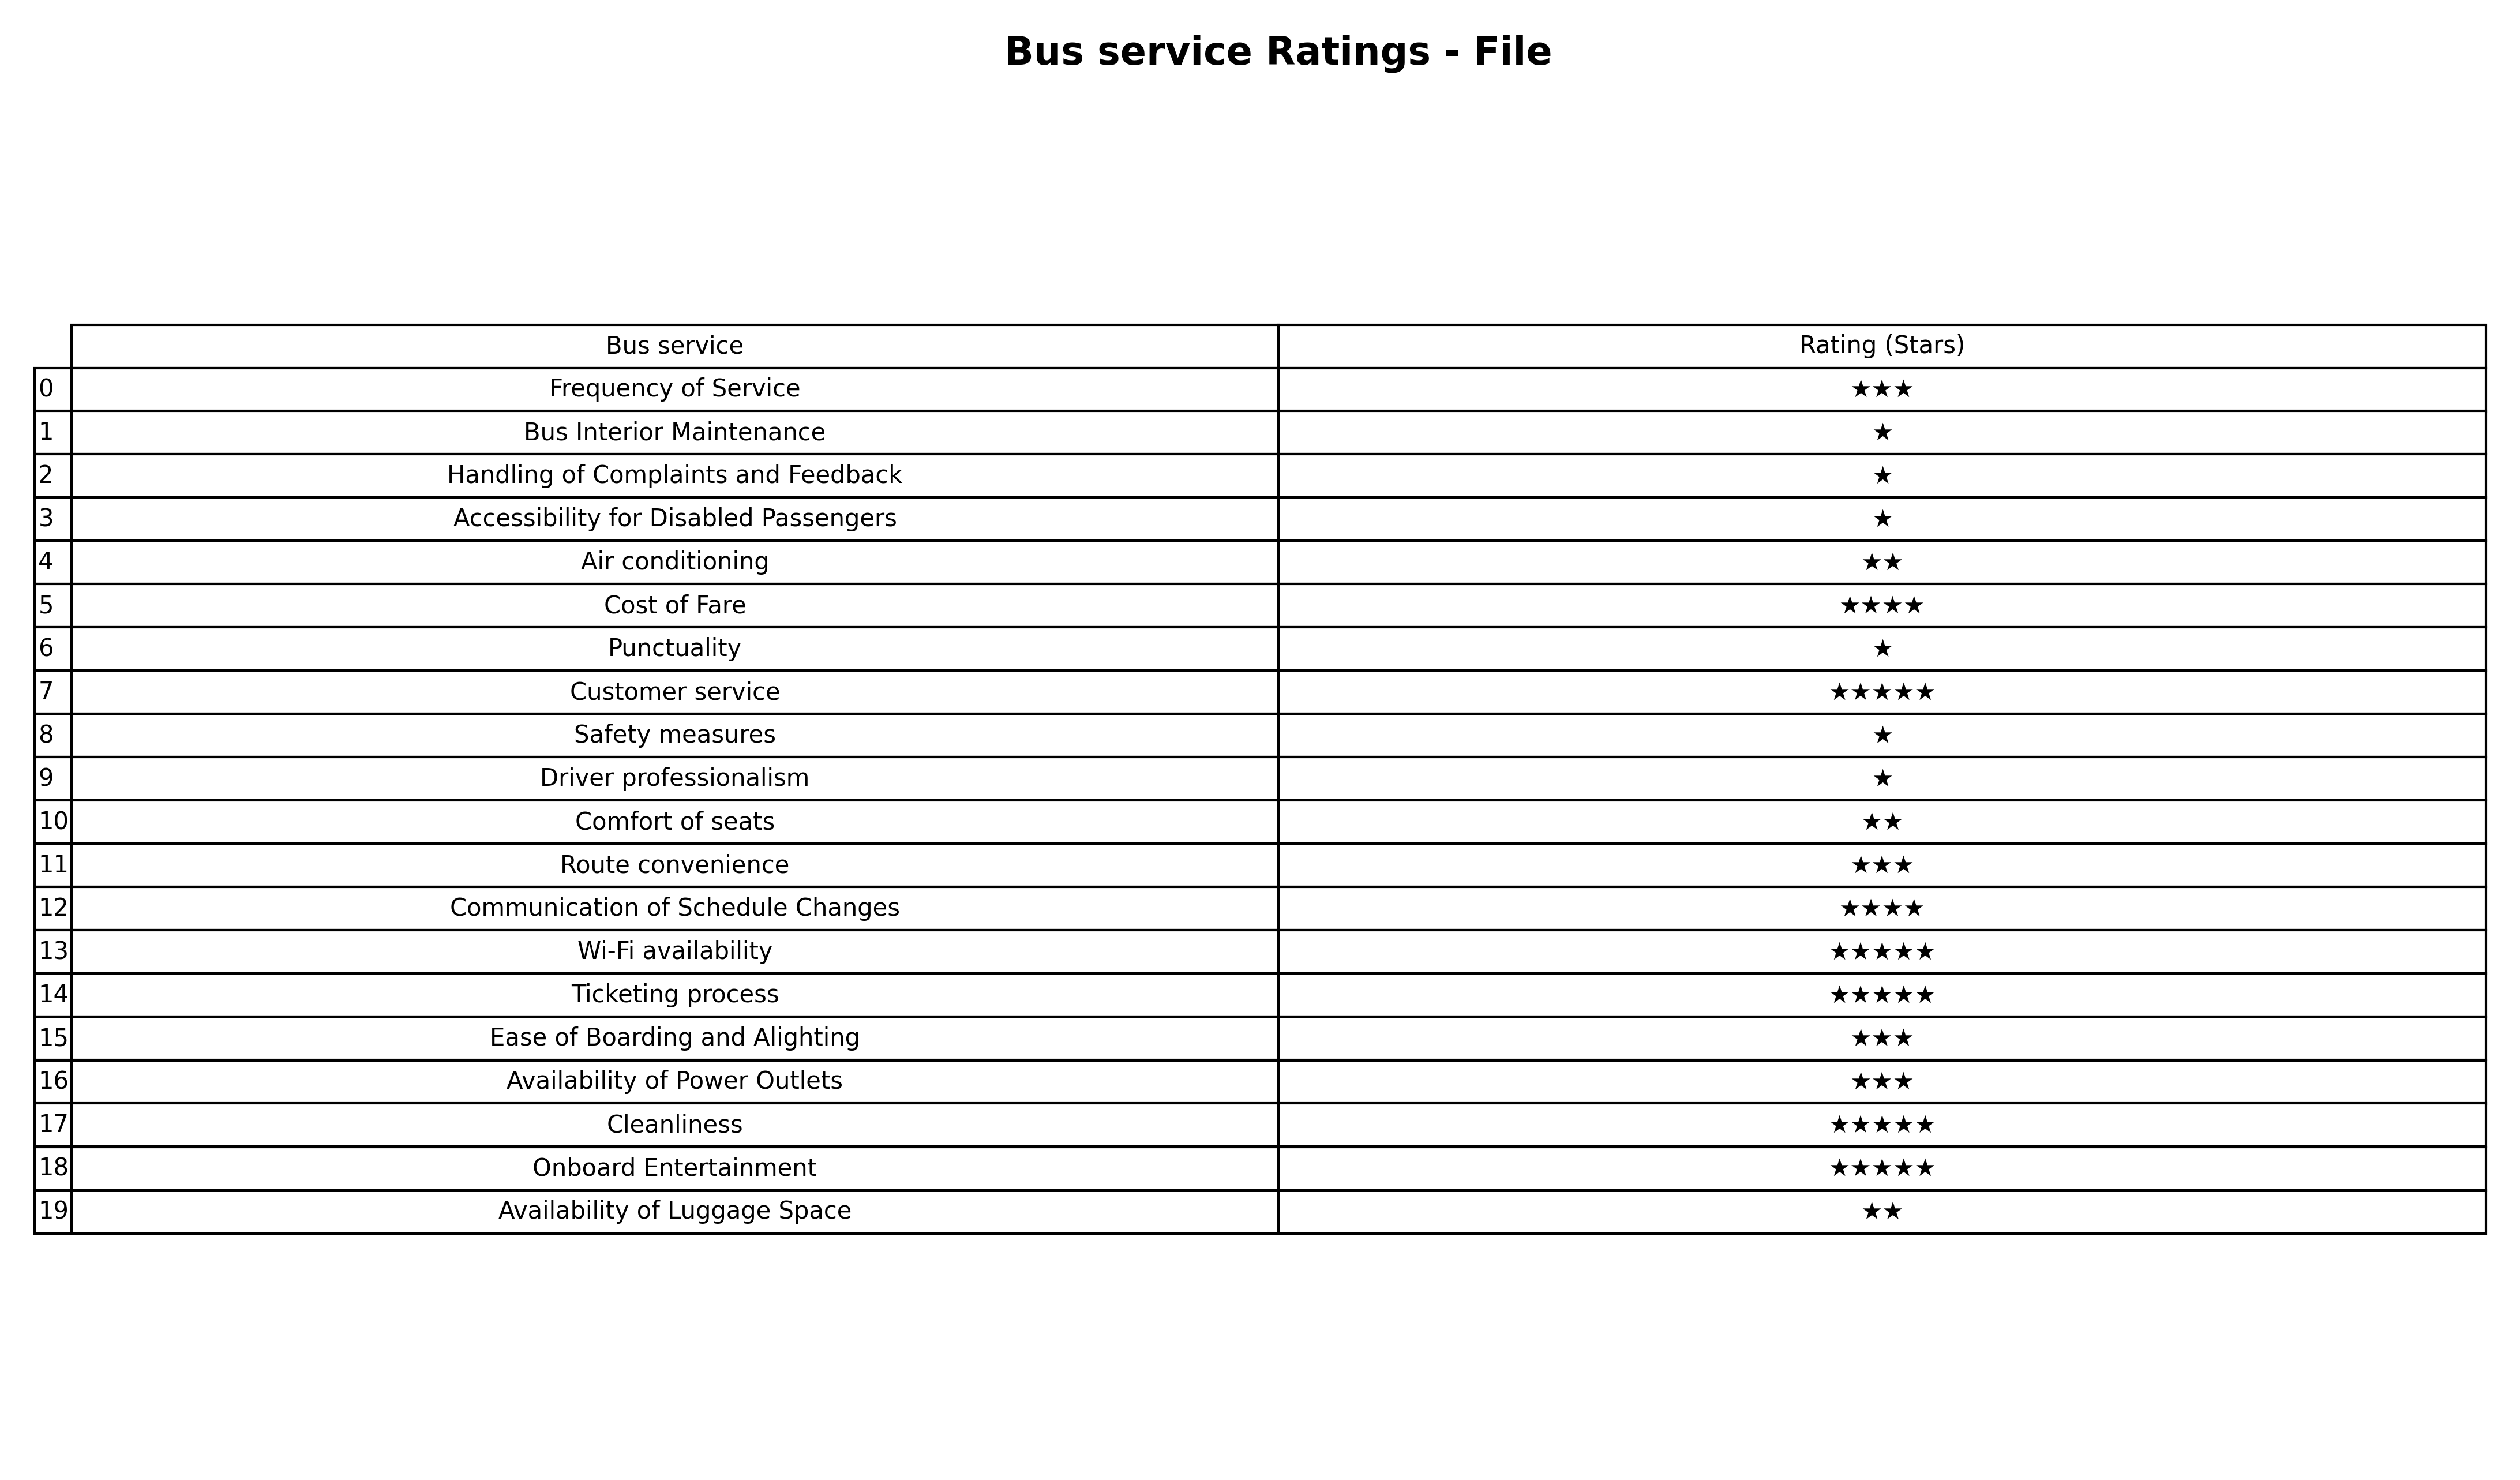
question: What are one star services?
answer: Bus Interior MaintenanceHandling of Complaints and FeedbackAccessibility for Disabled PassengersPunctualitySafety measuresDriver professionalism